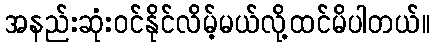
အနည်းဆုံးဝင်နိုင်လိမ့်မယ်လို့ထင်မိပါတယ်။